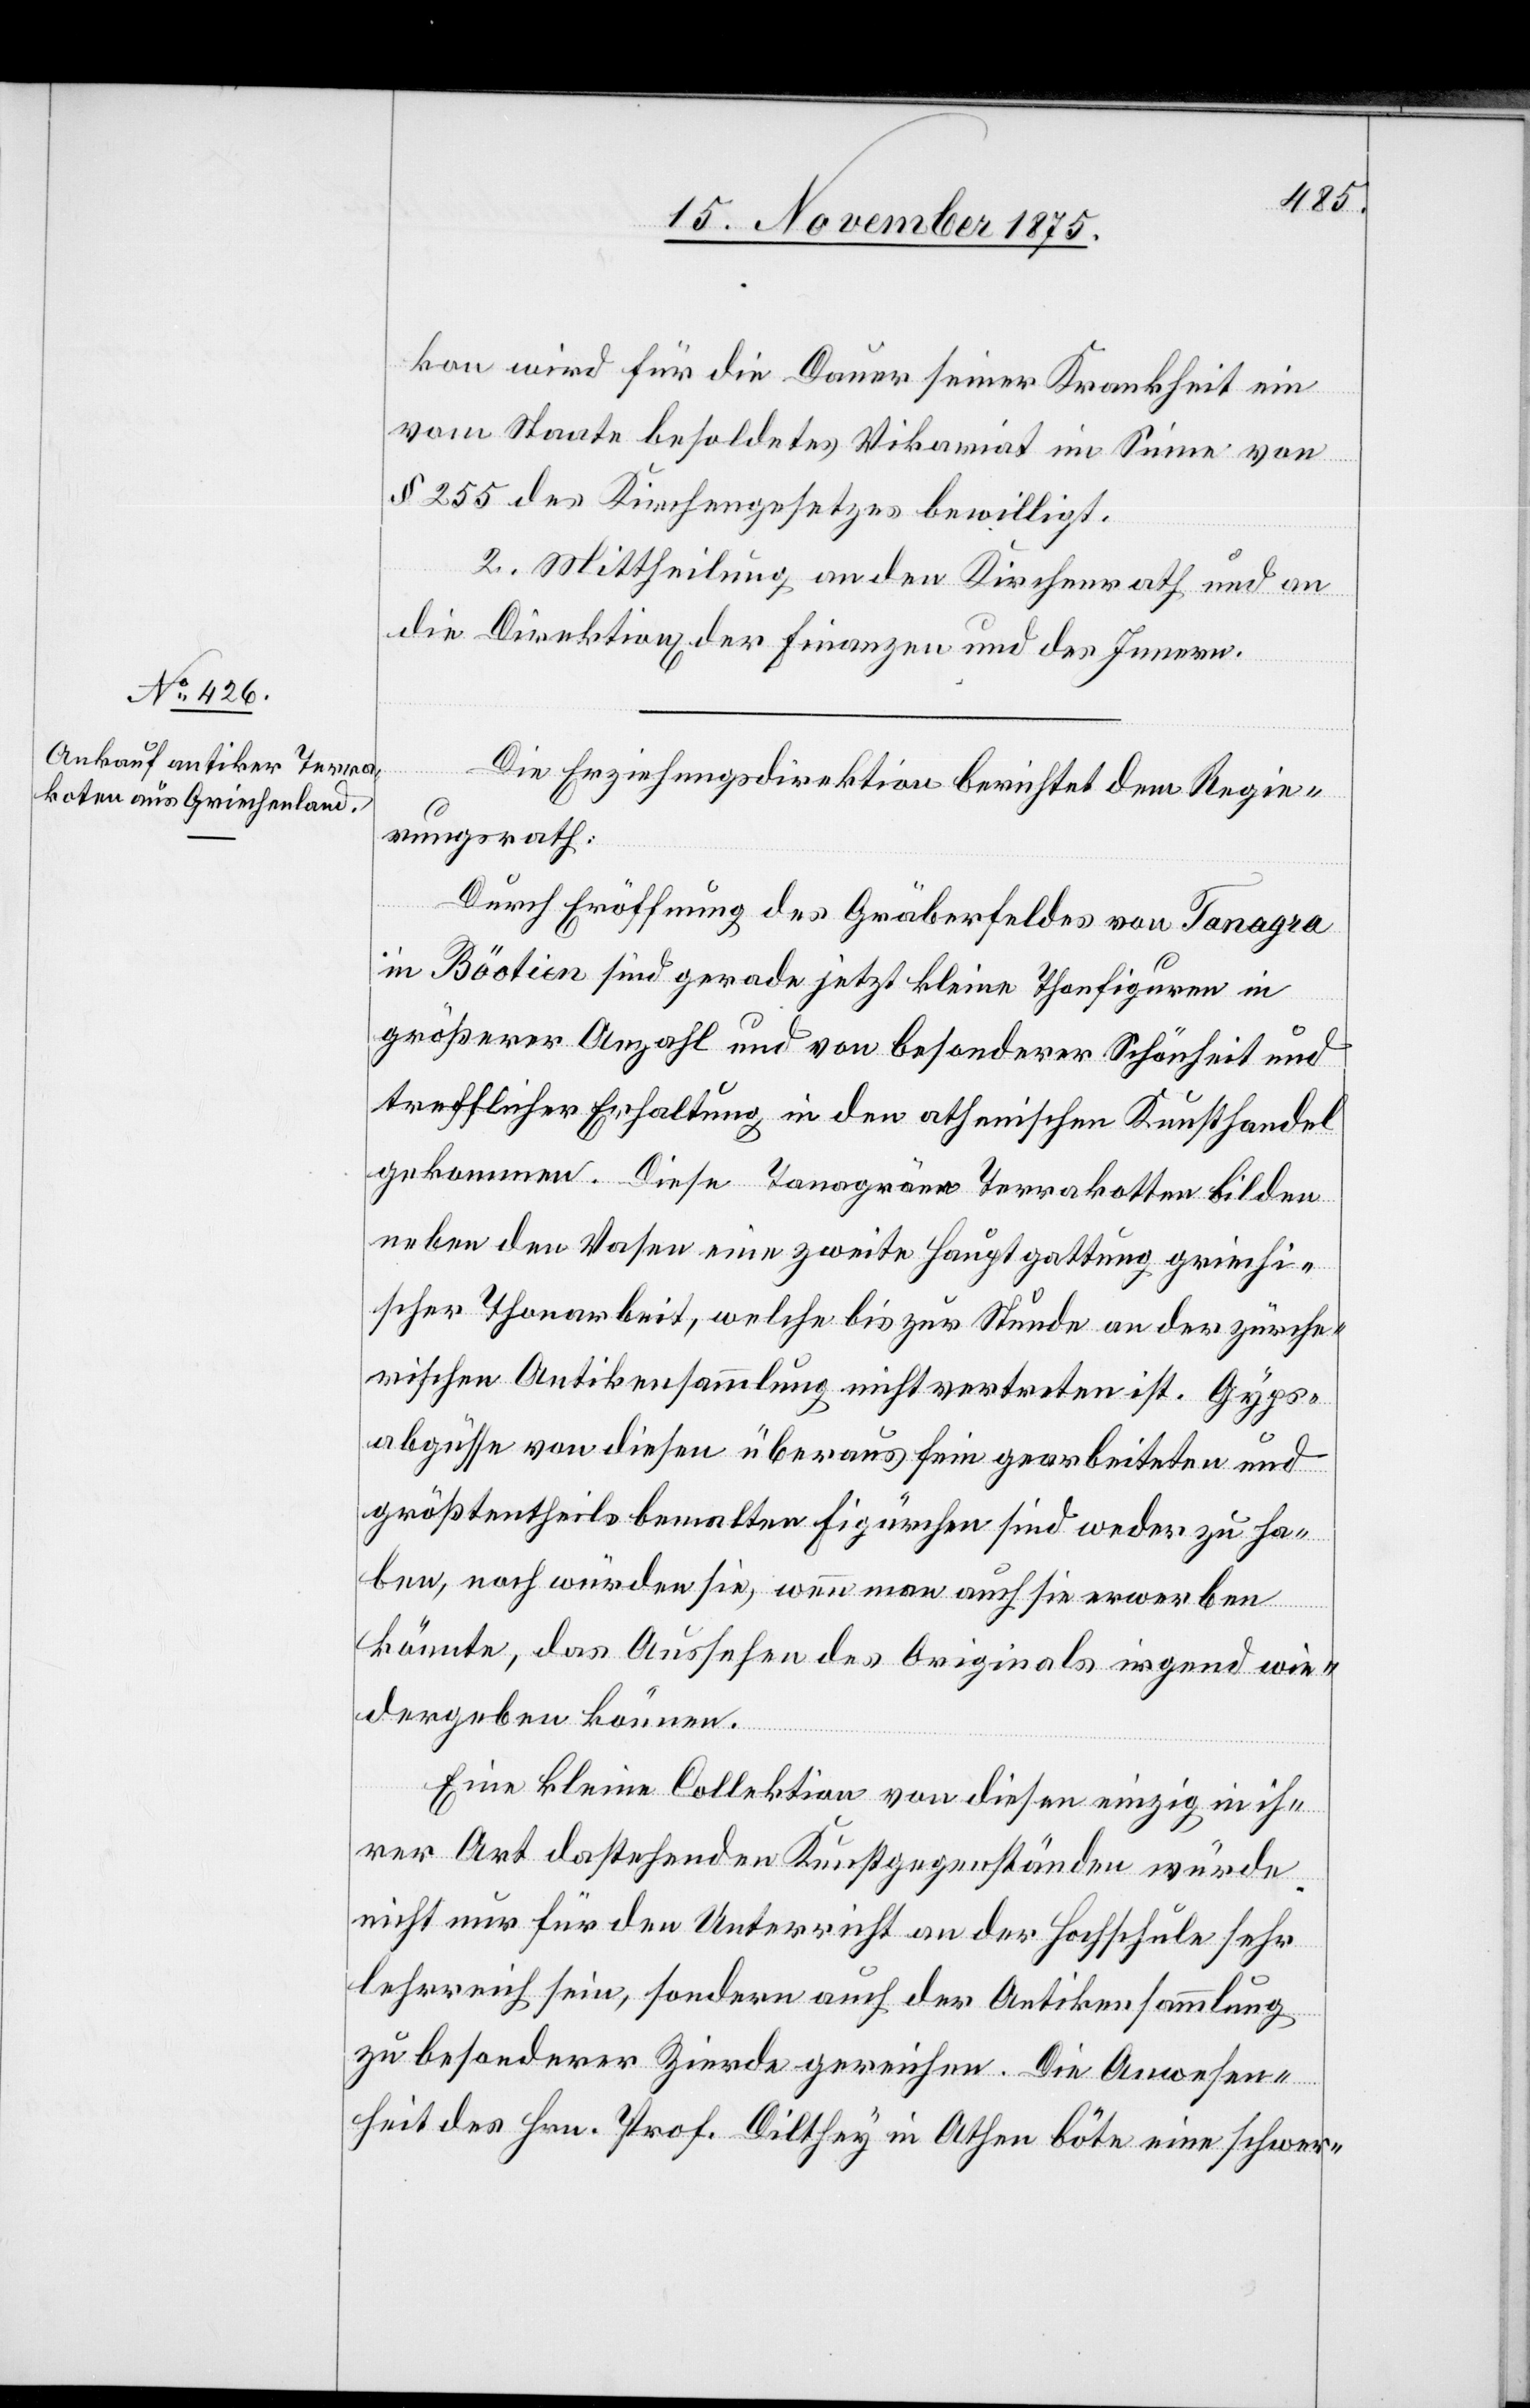
kon wird für die Dauer seiner Krankheit ein
vom Staate besoldetes Vikariat im Sinne von
§ 255 des Kirchengesetzes bewilligt.
2. Mittheilung an den Kirchenrath und an
die Direktion[en] der Finanzen und des Innern.
Die Erziehungsdirektion berichtet dem Regie¬
rungsrath:
Durch Eröffnung des Gräberfeldes von Tanagra
in Böotien sind gerade jetzt kleine Thonfiguren in
größerer Anzahl und von besonderer Schönheit und
trefflicher Erhaltung in den athenischen Kunsthandel
gekommen. Diese Tanagräne Terrakotten bilden
neben den Vasen eine zweite Hauptgattung griechi¬
scher Thonarbeit, welche bis zur Stunde an der zürche¬
rischen Antikensammlung nicht vertreten ist. Gyps¬
abgüsse von diesen überaus fein gearbeiteten und
größtentheils bemalten Figürchen sind weder zu ha¬
ben, noch würden sie, wenn man auch sie erwerben
könnte, das Aussehen des Originals irgend wie¬
dergeben können.
Eine kleine Collektion von diesen einzig in ih¬
rer Art dastehenden Kunstgegenständen würde
nicht nur für den Unterricht an der Hochschule sehr
lehrreich sein, sondern auch der Antikensammlung
zu besonderer Zierde gereichen. Die Anwesen¬
heit des Hrn. Prof. Dilthey in Athen böte eine schwer-